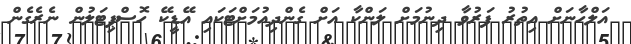
އަލްހާނަށް އިތުރު ފަރުވާ ދިނުމަށް ލަންކާ އަށް ގެންދިއުމަށްޓަކައި އޭޑީކޭ ހޮސްޕިޓަލުން ނެރެގެން